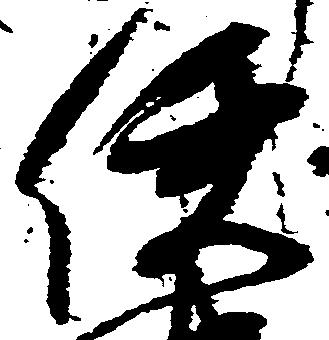
使